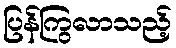
ပြန်ကြွလာသည့်